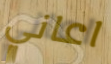
اعاني